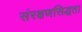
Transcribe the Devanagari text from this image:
संरक्षणसिद्धता